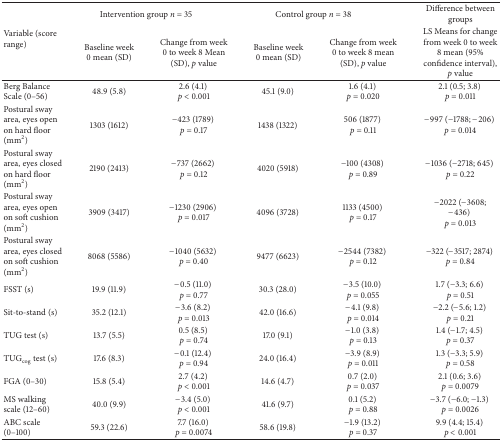
<table><thead><tr><td rowspan="2"><b>Variable (score range)</b></td><td colspan="2"><b>Intervention group <i>n</i> = 35</b></td><td colspan="2"><b>Control group <i>n</i> = 38</b></td><td><b>Difference between groups</b></td></tr><tr><td><b>Baseline week 0 mean (SD)</b></td><td><b>Change from week 0 to week 8 Mean (SD), <i>p</i> value</b></td><td><b>Baseline week 0 mean (SD)</b></td><td><b>Change from week 0 to week 8 mean (SD), <i>p</i> value</b></td><td><b>LS Means for change from week 0 to week 8 mean (95% confidence interval), <i>p</i> value</b></td></tr></thead><tbody><tr><td>Berg Balance Scale (0–56)</td><td>48.9 (5.8)</td><td>2.6 (4.1) <i>p</i> &lt; 0.001</td><td>45.1 (9.0) </td><td>1.6 (4.1) <i>p</i> = 0.020</td><td>2.1 (0.5; 3.8) <i>p</i> = 0.011</td></tr><tr><td>Postural sway area, eyes open on hard floor (mm<sup>2</sup>)</td><td>1303 (1612)</td><td>−423 (1789) <i>p</i> = 0.17</td><td>1438 (1322) </td><td>506 (1877) <i>p</i> = 0.11</td><td>−997 (−1788; −206) <i>p</i> = 0.014</td></tr><tr><td>Postural sway area, eyes closed on hard floor (mm<sup>2</sup>)</td><td>2190 (2413)</td><td>−737 (2662) <i>p</i> = 0.12</td><td>4020 (5918) </td><td>−100 (4308) <i>p</i> = 0.89</td><td>−1036 (−2718; 645) <i>p</i> = 0.22</td></tr><tr><td>Postural sway area, eyes open on soft cushion (mm<sup>2</sup>)</td><td>3909 (3417)</td><td>−1230 (2906) <i>p</i> = 0.017</td><td>4096 (3728) </td><td>1133 (4500) <i>p</i> = 0.17</td><td>−2022 (−3608; −436) <i>p</i> = 0.013</td></tr><tr><td>Postural sway area, eyes closed on soft cushion (mm<sup>2</sup>)</td><td>8068 (5586)</td><td>−1040 (5632) <i>p</i> = 0.40</td><td>9477 (6623) </td><td>−2544 (7382) <i>p</i> = 0.12</td><td>−322 (−3517; 2874) <i>p</i> = 0.84</td></tr><tr><td>FSST (s)</td><td>19.9 (11.9)</td><td>−0.5 (11.0)<i>p</i> = 0.77</td><td>30.3 (28.0) </td><td>−3.5 (10.0) <i>p</i> = 0.055</td><td>1.7 (−3.3; 6.6) <i>p</i> = 0.51</td></tr><tr><td>Sit-to-stand (s)</td><td>35.2 (12.1)</td><td>−3.6 (8.2) <i>p</i> = 0.013</td><td>42.0 (16.6) </td><td>−4.1 (9.8) <i>p </i>= 0.014</td><td>−2.2 (−5.6; 1.2) <i>p</i> = 0.21</td></tr><tr><td>TUG test (s)</td><td>13.7 (5.5)</td><td>0.5 (8.5) <i>p</i> = 0.74</td><td>17.0 (9.1) </td><td>−1.0 (3.8) <i>p</i> = 0.13</td><td>1.4 (−1.7; 4.5) <i>p</i> = 0.37</td></tr><tr><td>TUG<sub>cog</sub> test (s)</td><td>17.6 (8.3)</td><td>−0.1 (12.4) <i>p</i> = 0.94</td><td>24.0 (16.4) </td><td>−3.9 (8.9) <i>p</i> = 0.011</td><td>1.3 (−3.3; 5.9) <i>p</i> = 0.58</td></tr><tr><td>FGA (0–30)</td><td>15.8 (5.4)</td><td>2.7 (4.2) <i>p</i> &lt; 0.001</td><td>14.6 (4.7) </td><td>0.7 (2.0) <i>p</i> = 0.037</td><td>2.1 (0.6; 3.6) <i>p</i> = 0.0079</td></tr><tr><td>MS walking scale (12–60)</td><td>40.0 (9.9)</td><td>−3.4 (5.0) <i>p</i> &lt; 0.001</td><td>41.6 (9.7) </td><td>0.1 (5.2) <i>p</i> = 0.88</td><td>−3.7 (−6.0; −1.3) <i>p</i> = 0.0026</td></tr><tr><td>ABC scale (0–100)</td><td>59.3 (22.6)</td><td>7.7 (16.0) <i>p</i> = 0.0074</td><td>58.6 (19.8) </td><td>−1.9 (13.2) <i>p</i> = 0.37</td><td>9.9 (4.4; 15.4) <i>p</i> &lt; 0.001</td></tr></tbody></table>